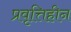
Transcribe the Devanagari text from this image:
प्रवृत्तिहीन